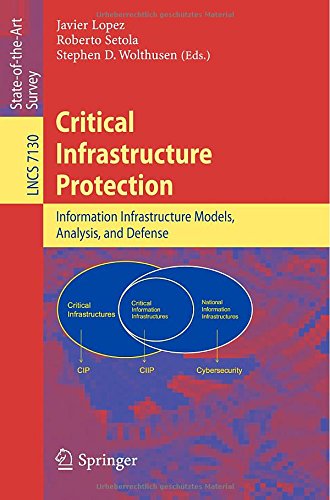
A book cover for Critical  Infrastructure Protection: Advances in Critical Infrastructure Protection: Information Infrastructure Models, Analysis, and Defense (Lecture Notes in Computer Science); Computers & Technology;